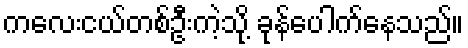
ကလေးငယ်တစ်ဦးကဲ့သို့ ခုန်ပေါက်နေသည်။